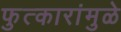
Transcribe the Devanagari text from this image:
फुत्कारांमुळे